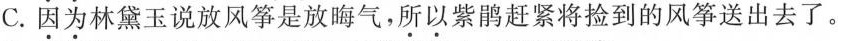
C.因为林黛玉说放风筝是放晦气，所以紫鹃赶紧将捡到的风筝送出去了。